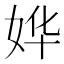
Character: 𫰡